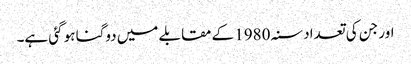
اور جن کی تعداد سنہ 1980 کے مقابلے میں دوگنا ہو گئی ہے۔